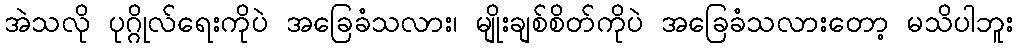
အဲသလို ပုဂ္ဂိုလ်ရေးကိုပဲ အခြေခံသလား၊ မျိုးချစ်စိတ်ကိုပဲ အခြေခံသလားတော့ မသိပါဘူး